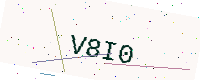
Text: V8I0